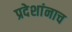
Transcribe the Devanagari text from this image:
प्रदेशांनाच